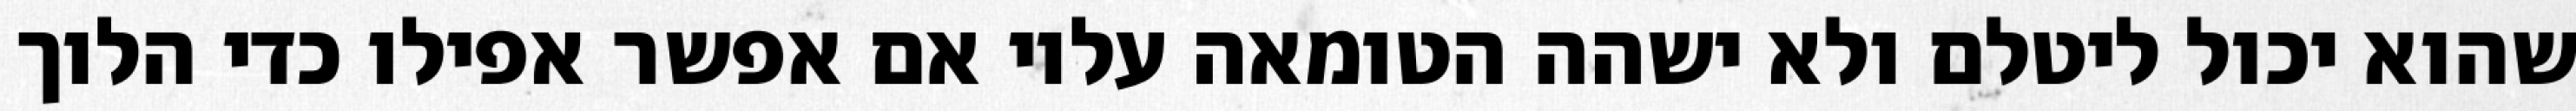
שהוא יכול ליטלם ולא ישהה הטומאה עליו אם אפשר אפילו כדי הלוך